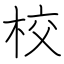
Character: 校